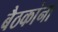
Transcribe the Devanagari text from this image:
बैठकांना